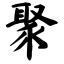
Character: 聚